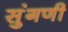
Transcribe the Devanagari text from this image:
सुंगणी